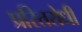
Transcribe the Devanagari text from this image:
प्ररितरोधी